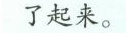
了起来。